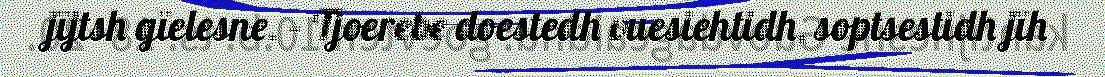
jïjtsh gïelesne. – Tjoerebe doestedh vuesiehtidh, soptsestidh jïh